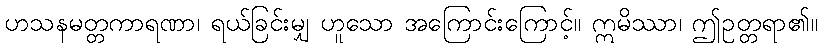
ဟသနမတ္တကာရဏာ၊ ရယ်ခြင်းမျှ ဟူသော အကြောင်းကြောင့်။ ဣမိဿာ၊ ဤဥတ္တရာ၏။